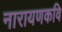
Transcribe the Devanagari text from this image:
नारायणकवि